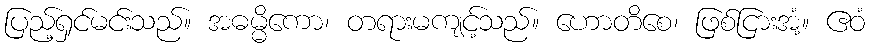
ပြည့်ရှင်မင်းသည်။ အဓမ္မိကော၊ တရားမကျင့်သည်။ ဟောတိစေ၊ ဖြစ်ငြားအံ့။ ဧဝံ